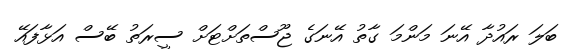
ބަލަ ރައުދާ އޭނަ މަންމަ ގާތު އޭނަގެ ޖޫސްތަށްޓަށް ސީރަތު ބޭސް އަޅާފައޭ